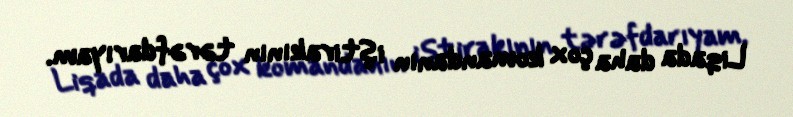
Liqada daha çox komandanın iştirakının tərəfdarıyam.